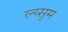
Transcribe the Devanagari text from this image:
ल्य्सुम